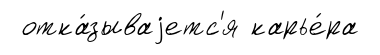
отка́зываjетс'я карье́ра